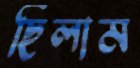
ছিলাম